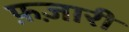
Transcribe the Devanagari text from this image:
फ़ज़ारी